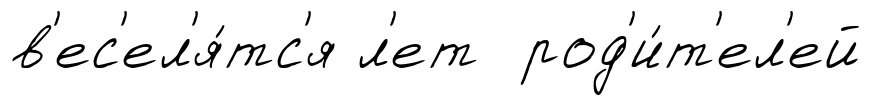
в'ес'ел'я́тс'я л'ет род'и́т'ел'ей